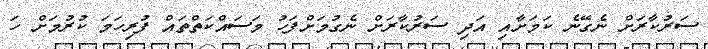
ސަރުކާރަށް ނެގޭނެ ކަމަށާއި އަދި ސަރުކާރަށް ނެގުމަށްފަހު މަސައްކަތްތައް ފުރިހަމަ ކުރުމަށް ހަ